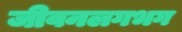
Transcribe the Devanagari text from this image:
जीवनलगभग